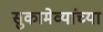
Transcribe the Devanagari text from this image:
सुकामेव्यांच्या